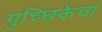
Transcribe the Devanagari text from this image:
गुच्छिकेचा